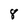
Character: 8